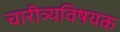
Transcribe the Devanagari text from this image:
चारीत्र्यविषयक